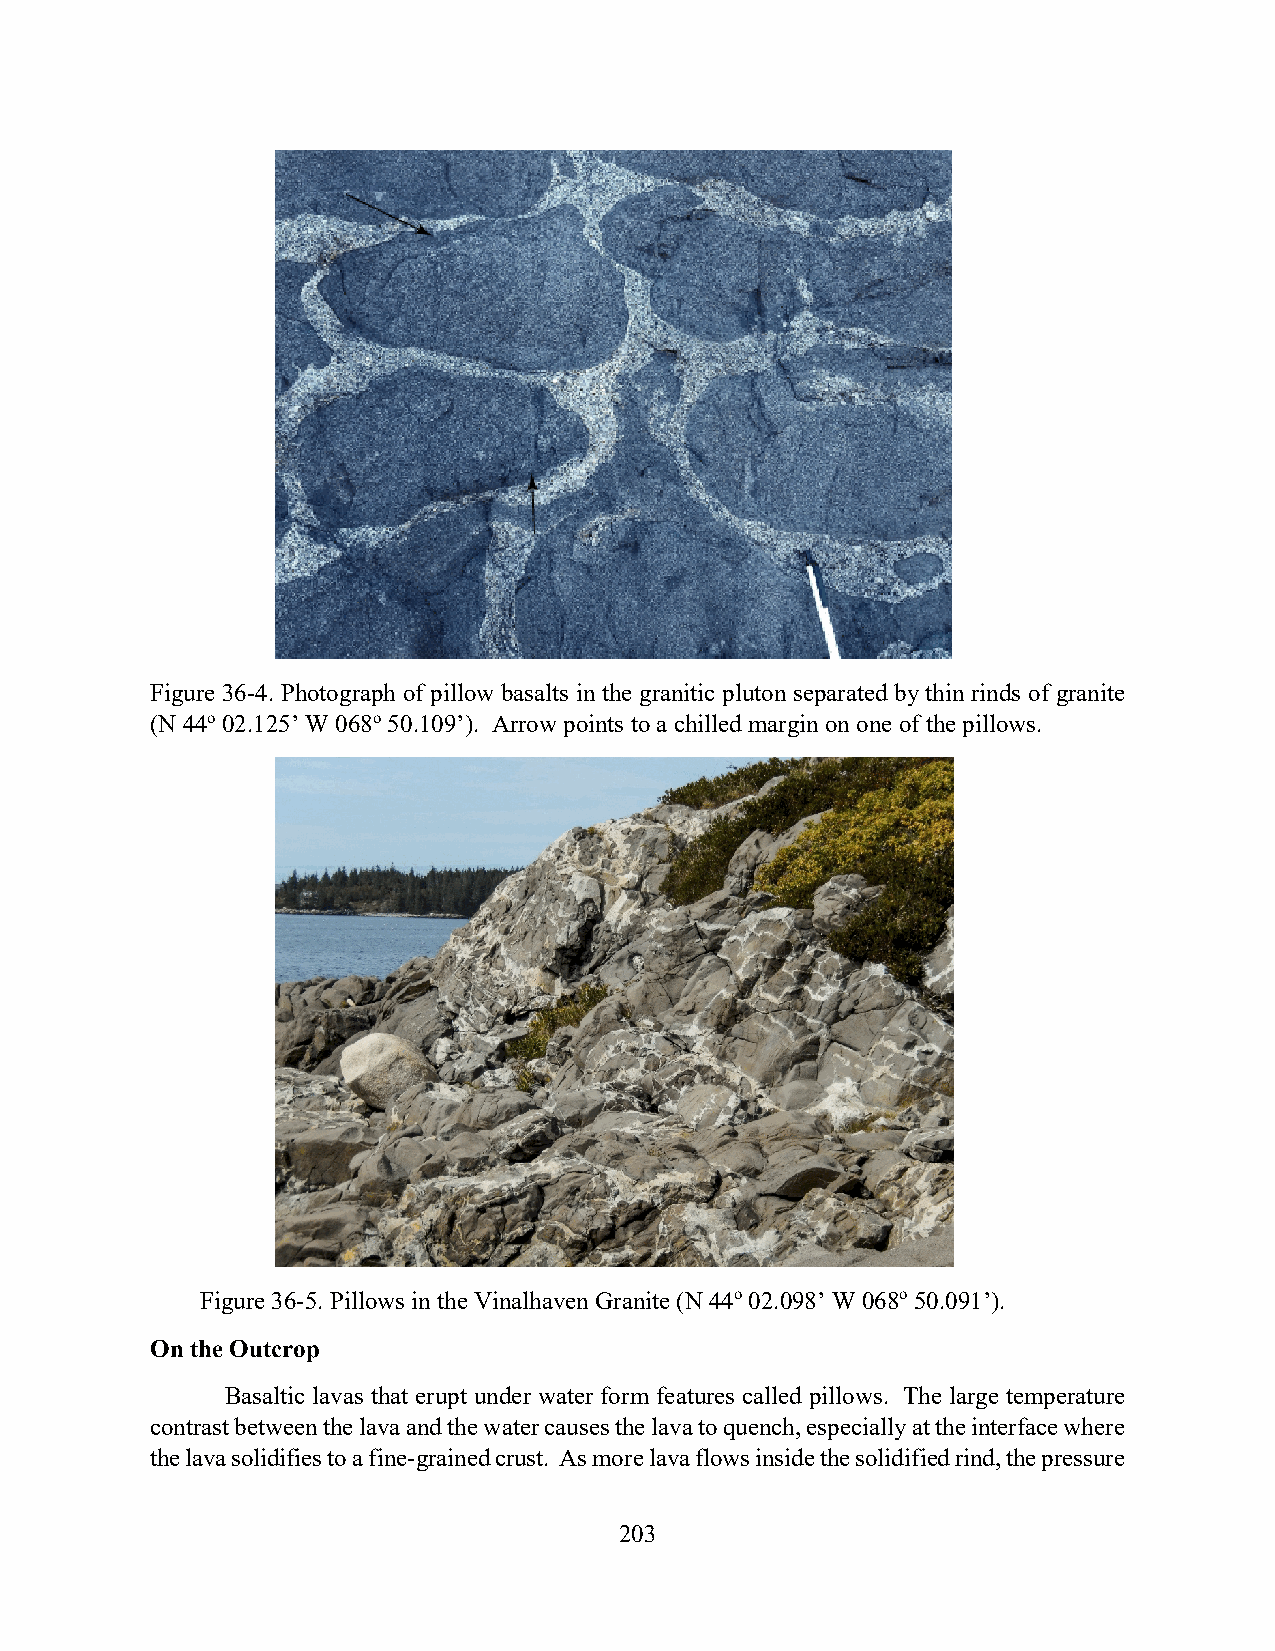
Figure 36-4. Photograph of pillow basalts in the granitic pluton separated by thin rinds of granite
 (N 44o 02.125’ W 068o 50.109’). Arrow points to a chilled margin on one of the pillows.
 Figure 36-5. Pillows in the Vinalhaven Granite (N 44o 02.098’ W 068o 50.091’).
 On the Outcrop
 Basaltic lavas that erupt under water form features called pillows. The large temperature
 contrast between the lava and the water causes the lava to quench, especially at the interface where
 the lava solidifies to a fine-grained crust. As more lava flows inside the solidified rind, the pressure
 203